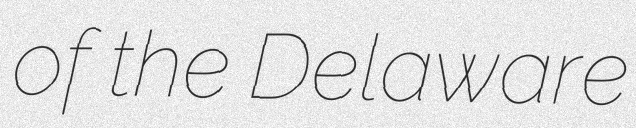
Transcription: of the Delaware